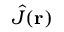
\hat { J } ( { \bf r } )